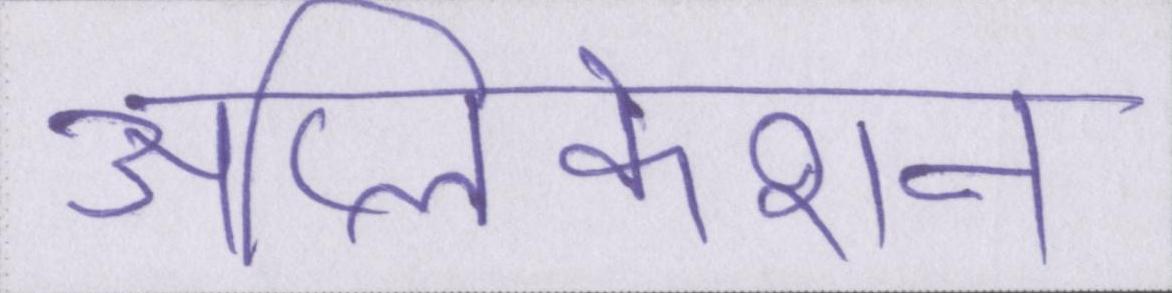
ॲप्लिकेशन